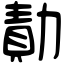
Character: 勣